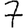
Digit: 7